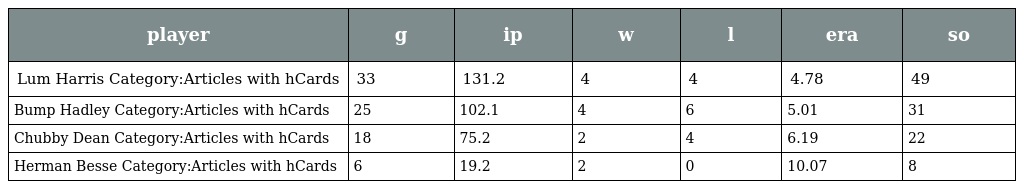
| player | g | ip | w | l | era | so |
 | --- | --- | --- | --- | --- | --- | --- |
 | Lum Harris Category:Articles with hCards | 33 | 131.2 | 4 | 4 | 4.78 | 49 |
 | Bump Hadley Category:Articles with hCards | 25 | 102.1 | 4 | 6 | 5.01 | 31 |
 | Chubby Dean Category:Articles with hCards | 18 | 75.2 | 2 | 4 | 6.19 | 22 |
 | Herman Besse Category:Articles with hCards | 6 | 19.2 | 2 | 0 | 10.07 | 8 |